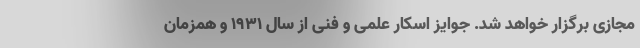
مجازی برگزار خواهد شد. جوایز اسکار علمی و فنی از سال ۱۹۳۱ و همزمان